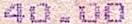
40.00